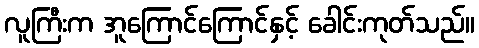
လူကြီးက အူကြောင်ကြောင်နှင့် ခေါင်းကုတ်သည်။